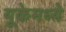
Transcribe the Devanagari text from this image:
यूकेमध्ये